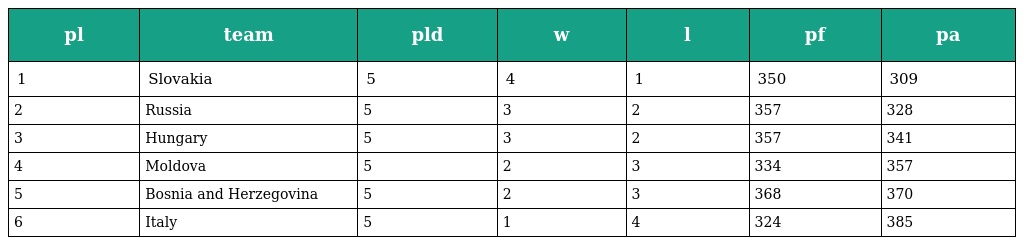
| pl | team | pld | w | l | pf | pa |
 | --- | --- | --- | --- | --- | --- | --- |
 | 1 | Slovakia | 5 | 4 | 1 | 350 | 309 |
 | 2 | Russia | 5 | 3 | 2 | 357 | 328 |
 | 3 | Hungary | 5 | 3 | 2 | 357 | 341 |
 | 4 | Moldova | 5 | 2 | 3 | 334 | 357 |
 | 5 | Bosnia and Herzegovina | 5 | 2 | 3 | 368 | 370 |
 | 6 | Italy | 5 | 1 | 4 | 324 | 385 |